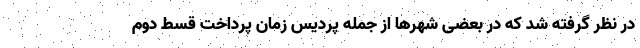
در نظر گرفته شد که در بعضی شهرها از جمله پردیس زمان پرداخت قسط دوم